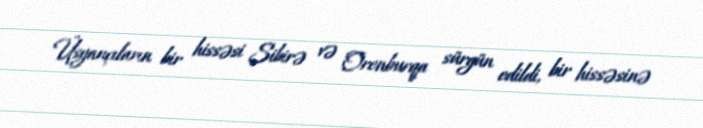
Üsyançıların bir hissəsi Sibirə və Orenburqa sürgün edildi, bir hissəsinə